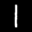
Label: 1